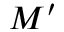
M ^ { \prime }